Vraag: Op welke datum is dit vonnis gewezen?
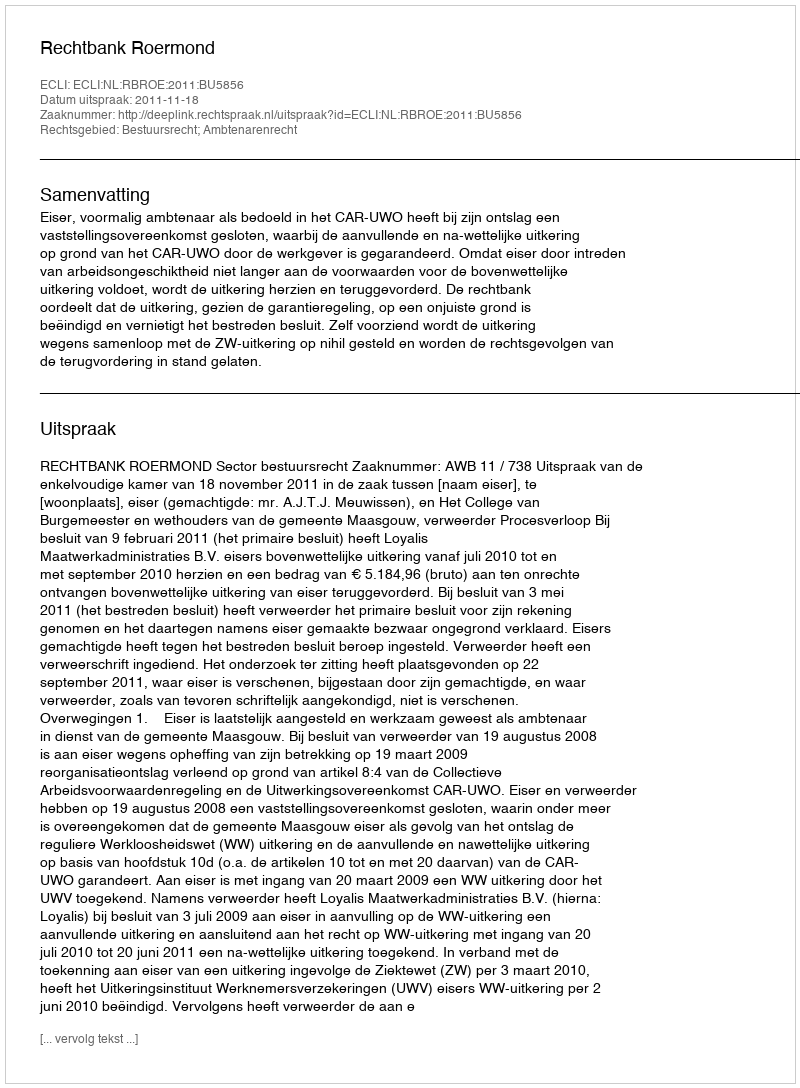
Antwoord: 2011-11-18